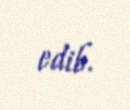
edib.